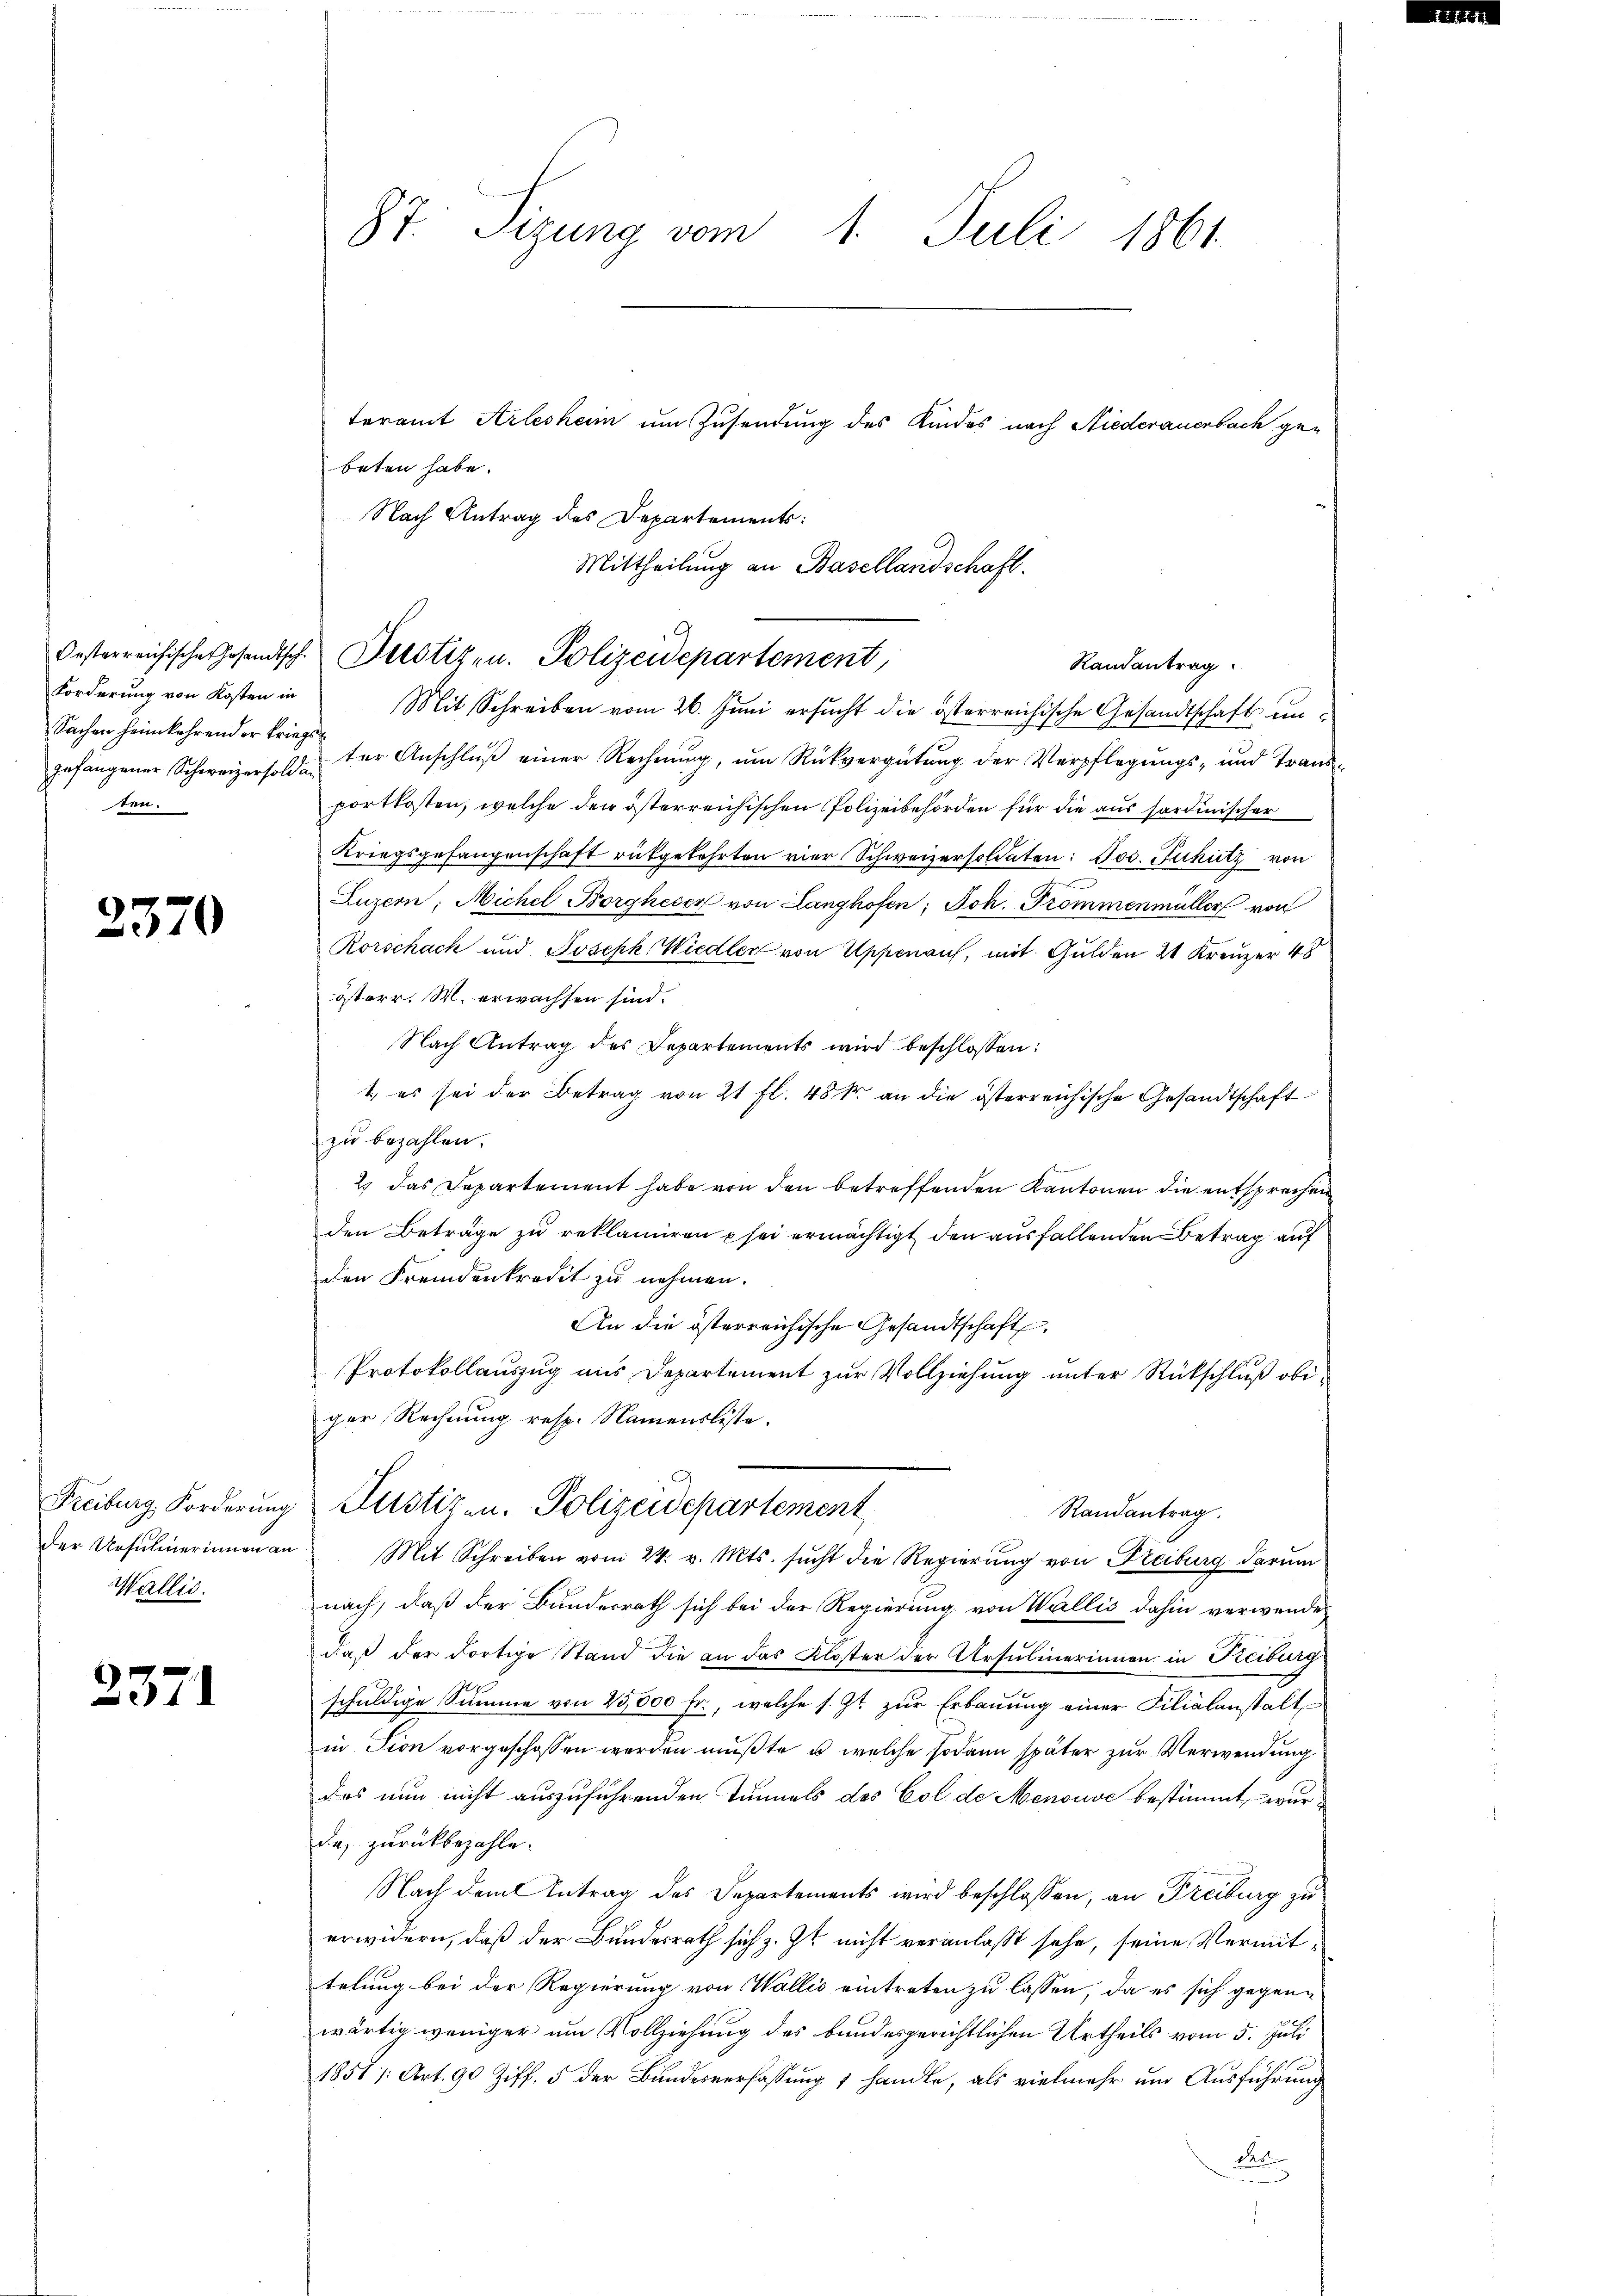
Forderung von Kosten in
Sachen heimkehrend er kriegsten.

2370

der Ursulierinnen an
Wallis.

2371

teramt Arlesheim um Zusendung des Kindes nach Niederanerbach gebeten habe.
Mit Schreiben vom 26. Juni ersucht die österreichische Gesandtschaft ungefangener Schweizerson der Anschlŭβ einer Rechnŭng ŭm Rückvergütŭng der Verpflegŭngs- und Transportkosten, welche der österreichischen Polizeibehörden für die aus hardinischer
Kriegsgefangenschaft rükgekehrten vier Schweizersoldaten: Jos. Tuhütz von
Luzern, Michel Borgheser von Langhofen, Joh. Trommenmüller von
Rorschach und Joseph Wiedler von Appenauf, mit Gulden 21 Kreuzer 48
österr. M. erwachsen sind.
Nach Antrag des Departements wird beschlossen:
1. es sei der Betrag von 21 fl. 48 kr an die österreichische Gesandtschaft
zu bezahlen.
2) das Departement habe von den betreffenden Kantonen die entsprechen
den Beträge zŭ reklamiren sei ermächtigt den ausfallenden Betrag auf
den Fremdenkredit zu nehmen.
An die österreichische Gesandtschaft.
Protokollauszug aus Departement zur Vollziehung unter Rückschluß obiger Rechnung resp. Namensliste.
Freiburg, Forderung Justizen. Polizeidepartement
Randantrag.
Mit Schreiben vom 24. v. Mts. sucht die Regierung von Freiburg darum
nach, daß der Bundesrath sich bei der Regierung von Wallis dahin verwende
daß der dortige Stand die an das Kloster der Ursulinerinnen in Reiburg
schuldige Summe von 25,000 fr., welche s. Zt. zur Erbauung einer Filialanstalt
in Tion vorgeschossen werden mußte, u. welche sodann später zur Verwendung
des nun nicht auszuführenden Tunnels des Col de Menouve bestimmt, wurde, zurückbezahle.
Nach dem Antrag des Departements wird beschlossen, an Freiburg zu
erwidern, daß der Bundesrath sich z. Zt. nicht veranlaßt sehe, seine Vermittelung bei der Regierung von Wallis eintreten zu lassen, da es sich gegenwärtig weniger um Vollziehung des bundesgerichtlichen Urtheils vom 5. Juli
1851 /: Art. 90 Ziff. 5 der Bundesverfassung 1 handle, als vielmehr um Ausführung
das

87. Sizung vom 1. Juli 1861

Nach Antrag des Departements:
Mittheilung an Basellandschaft.
Oesterreichische Gesandtsch. Derotizen. Polizeidepartement,
Randantrag